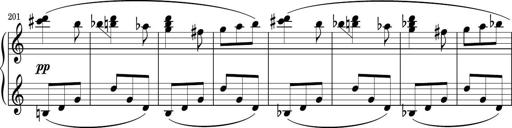
Title: Sonatina PandemÃ³nium
Composer: VÃ­ctor Carbajo
Key: C major